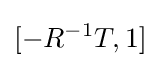
[-R^{-1}T,1]